Bréfritari: Ásgeir Tryggvi Friðgeirsson
Viðtakandi: Einar Friðgeirsson
Dagsetning: A-1887-02-25
Skrifað á: Húsavík  S-Þing.
Ásgeir er bróðir Einars

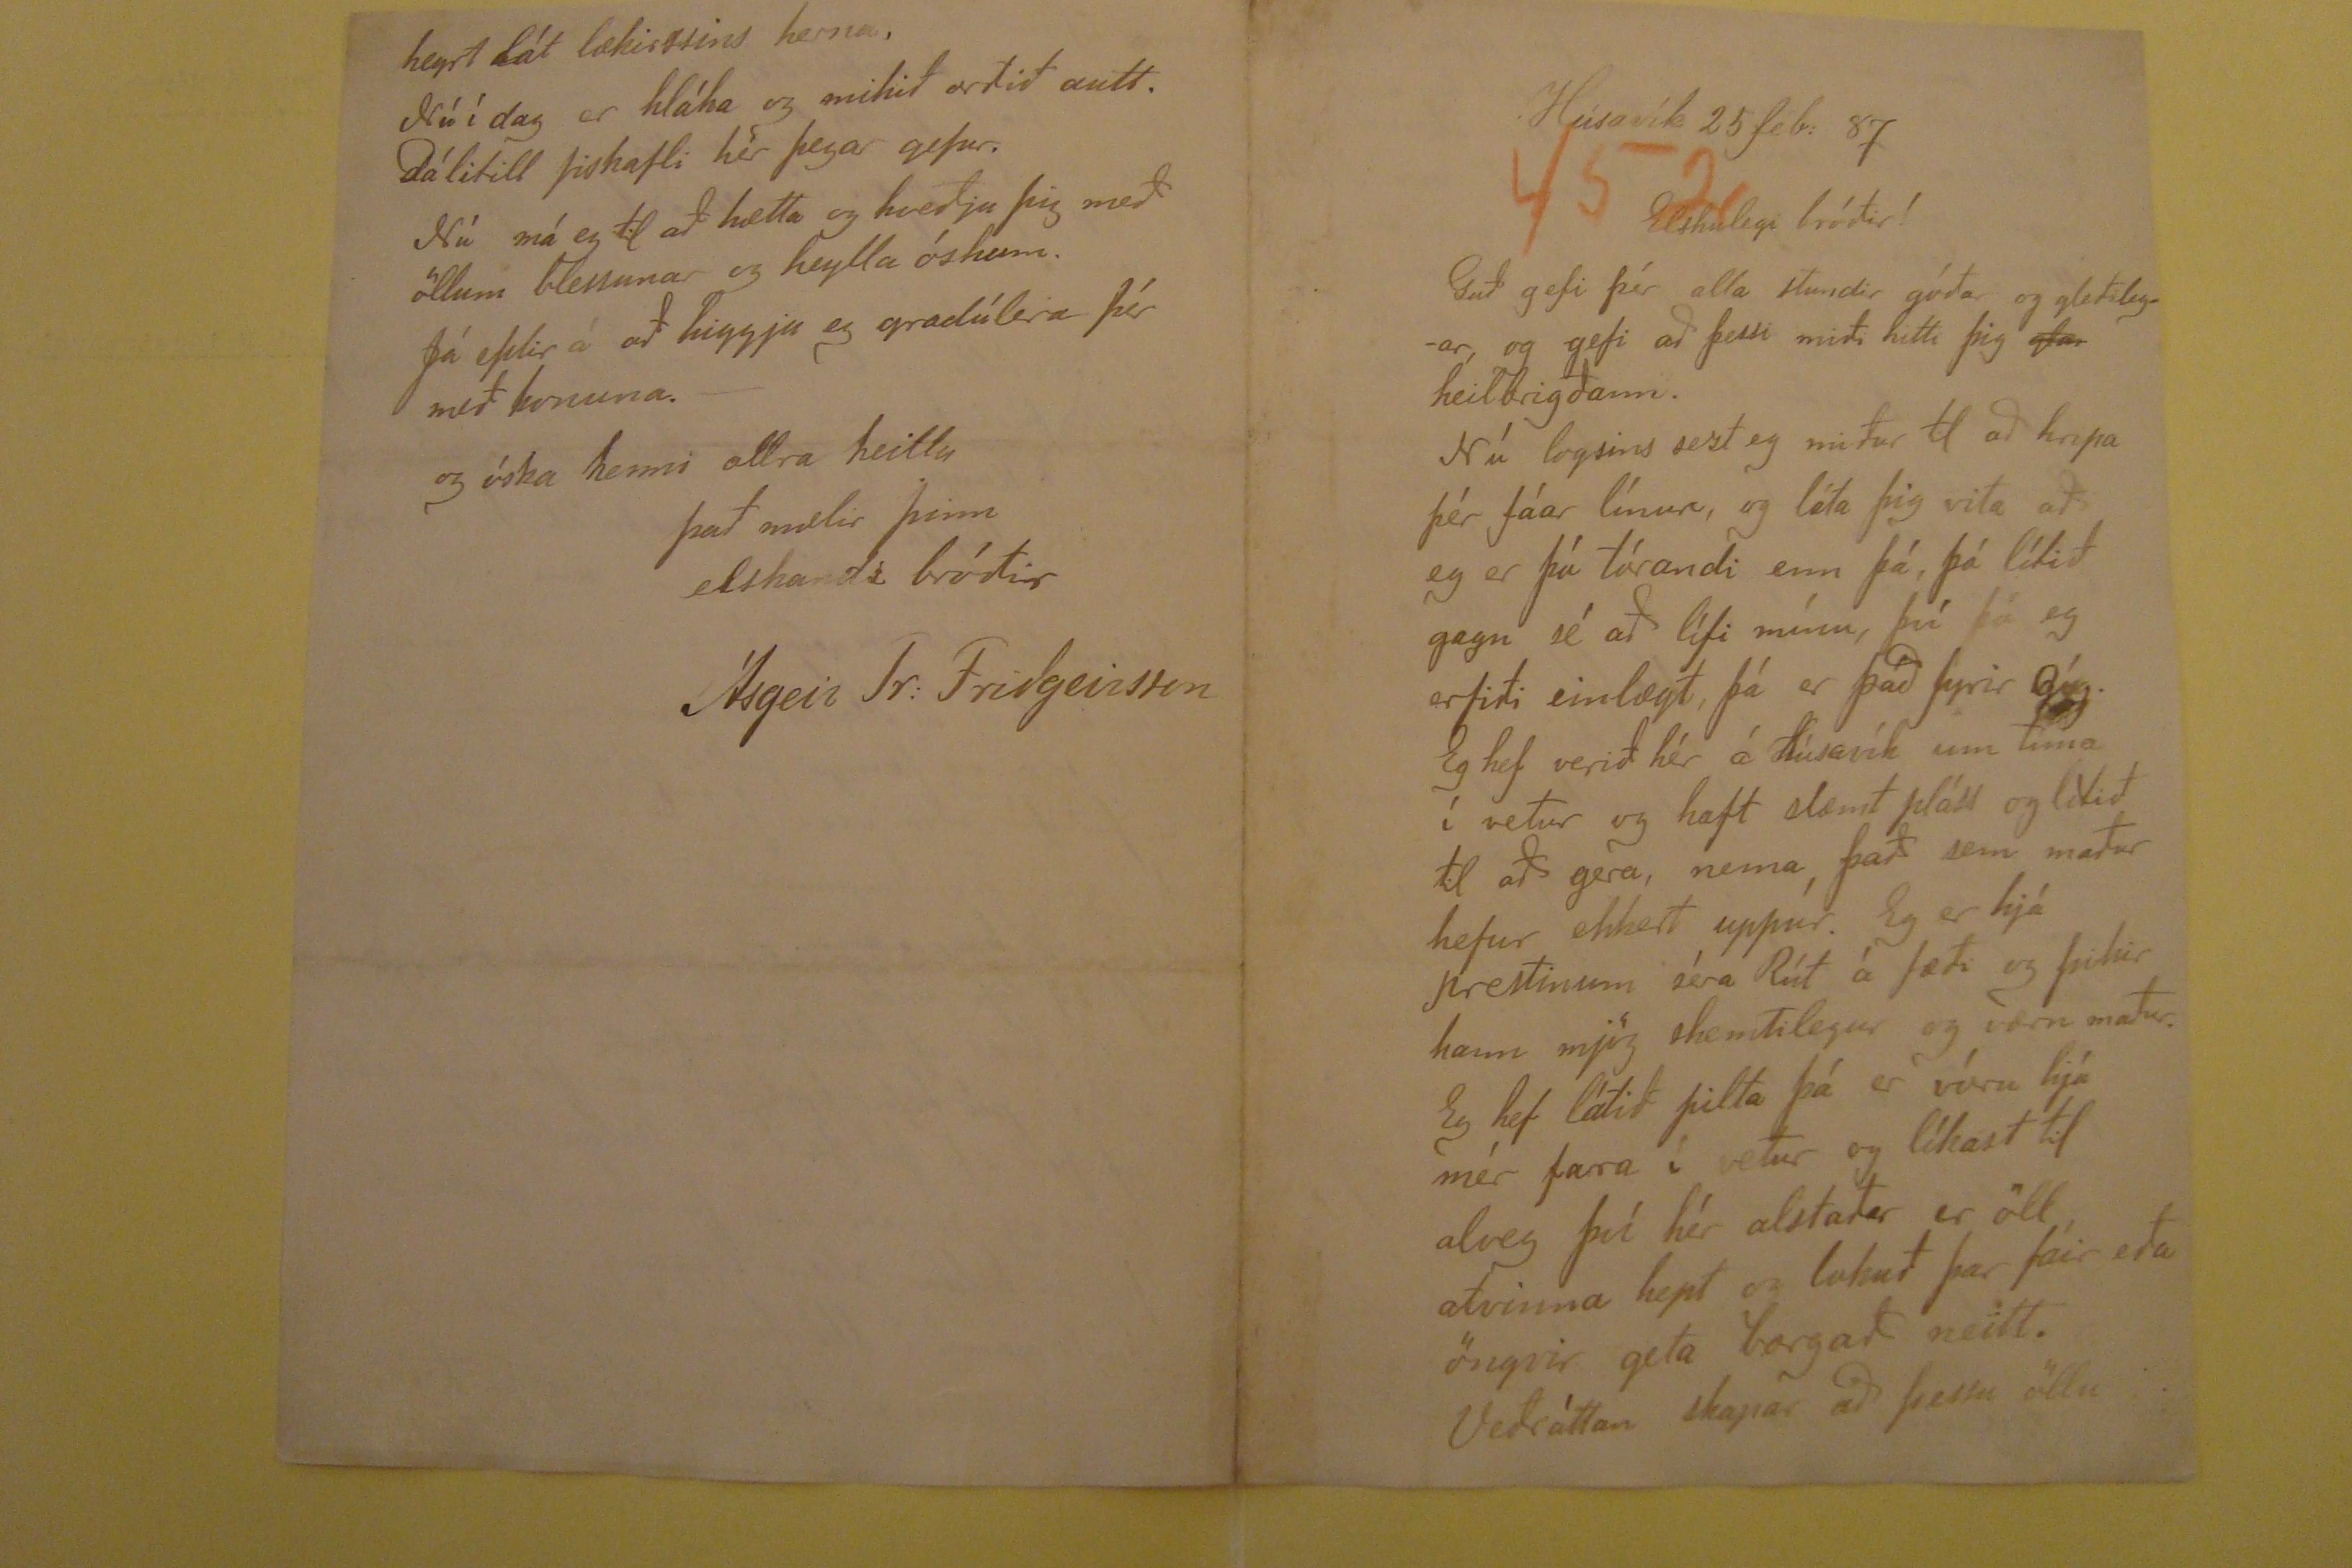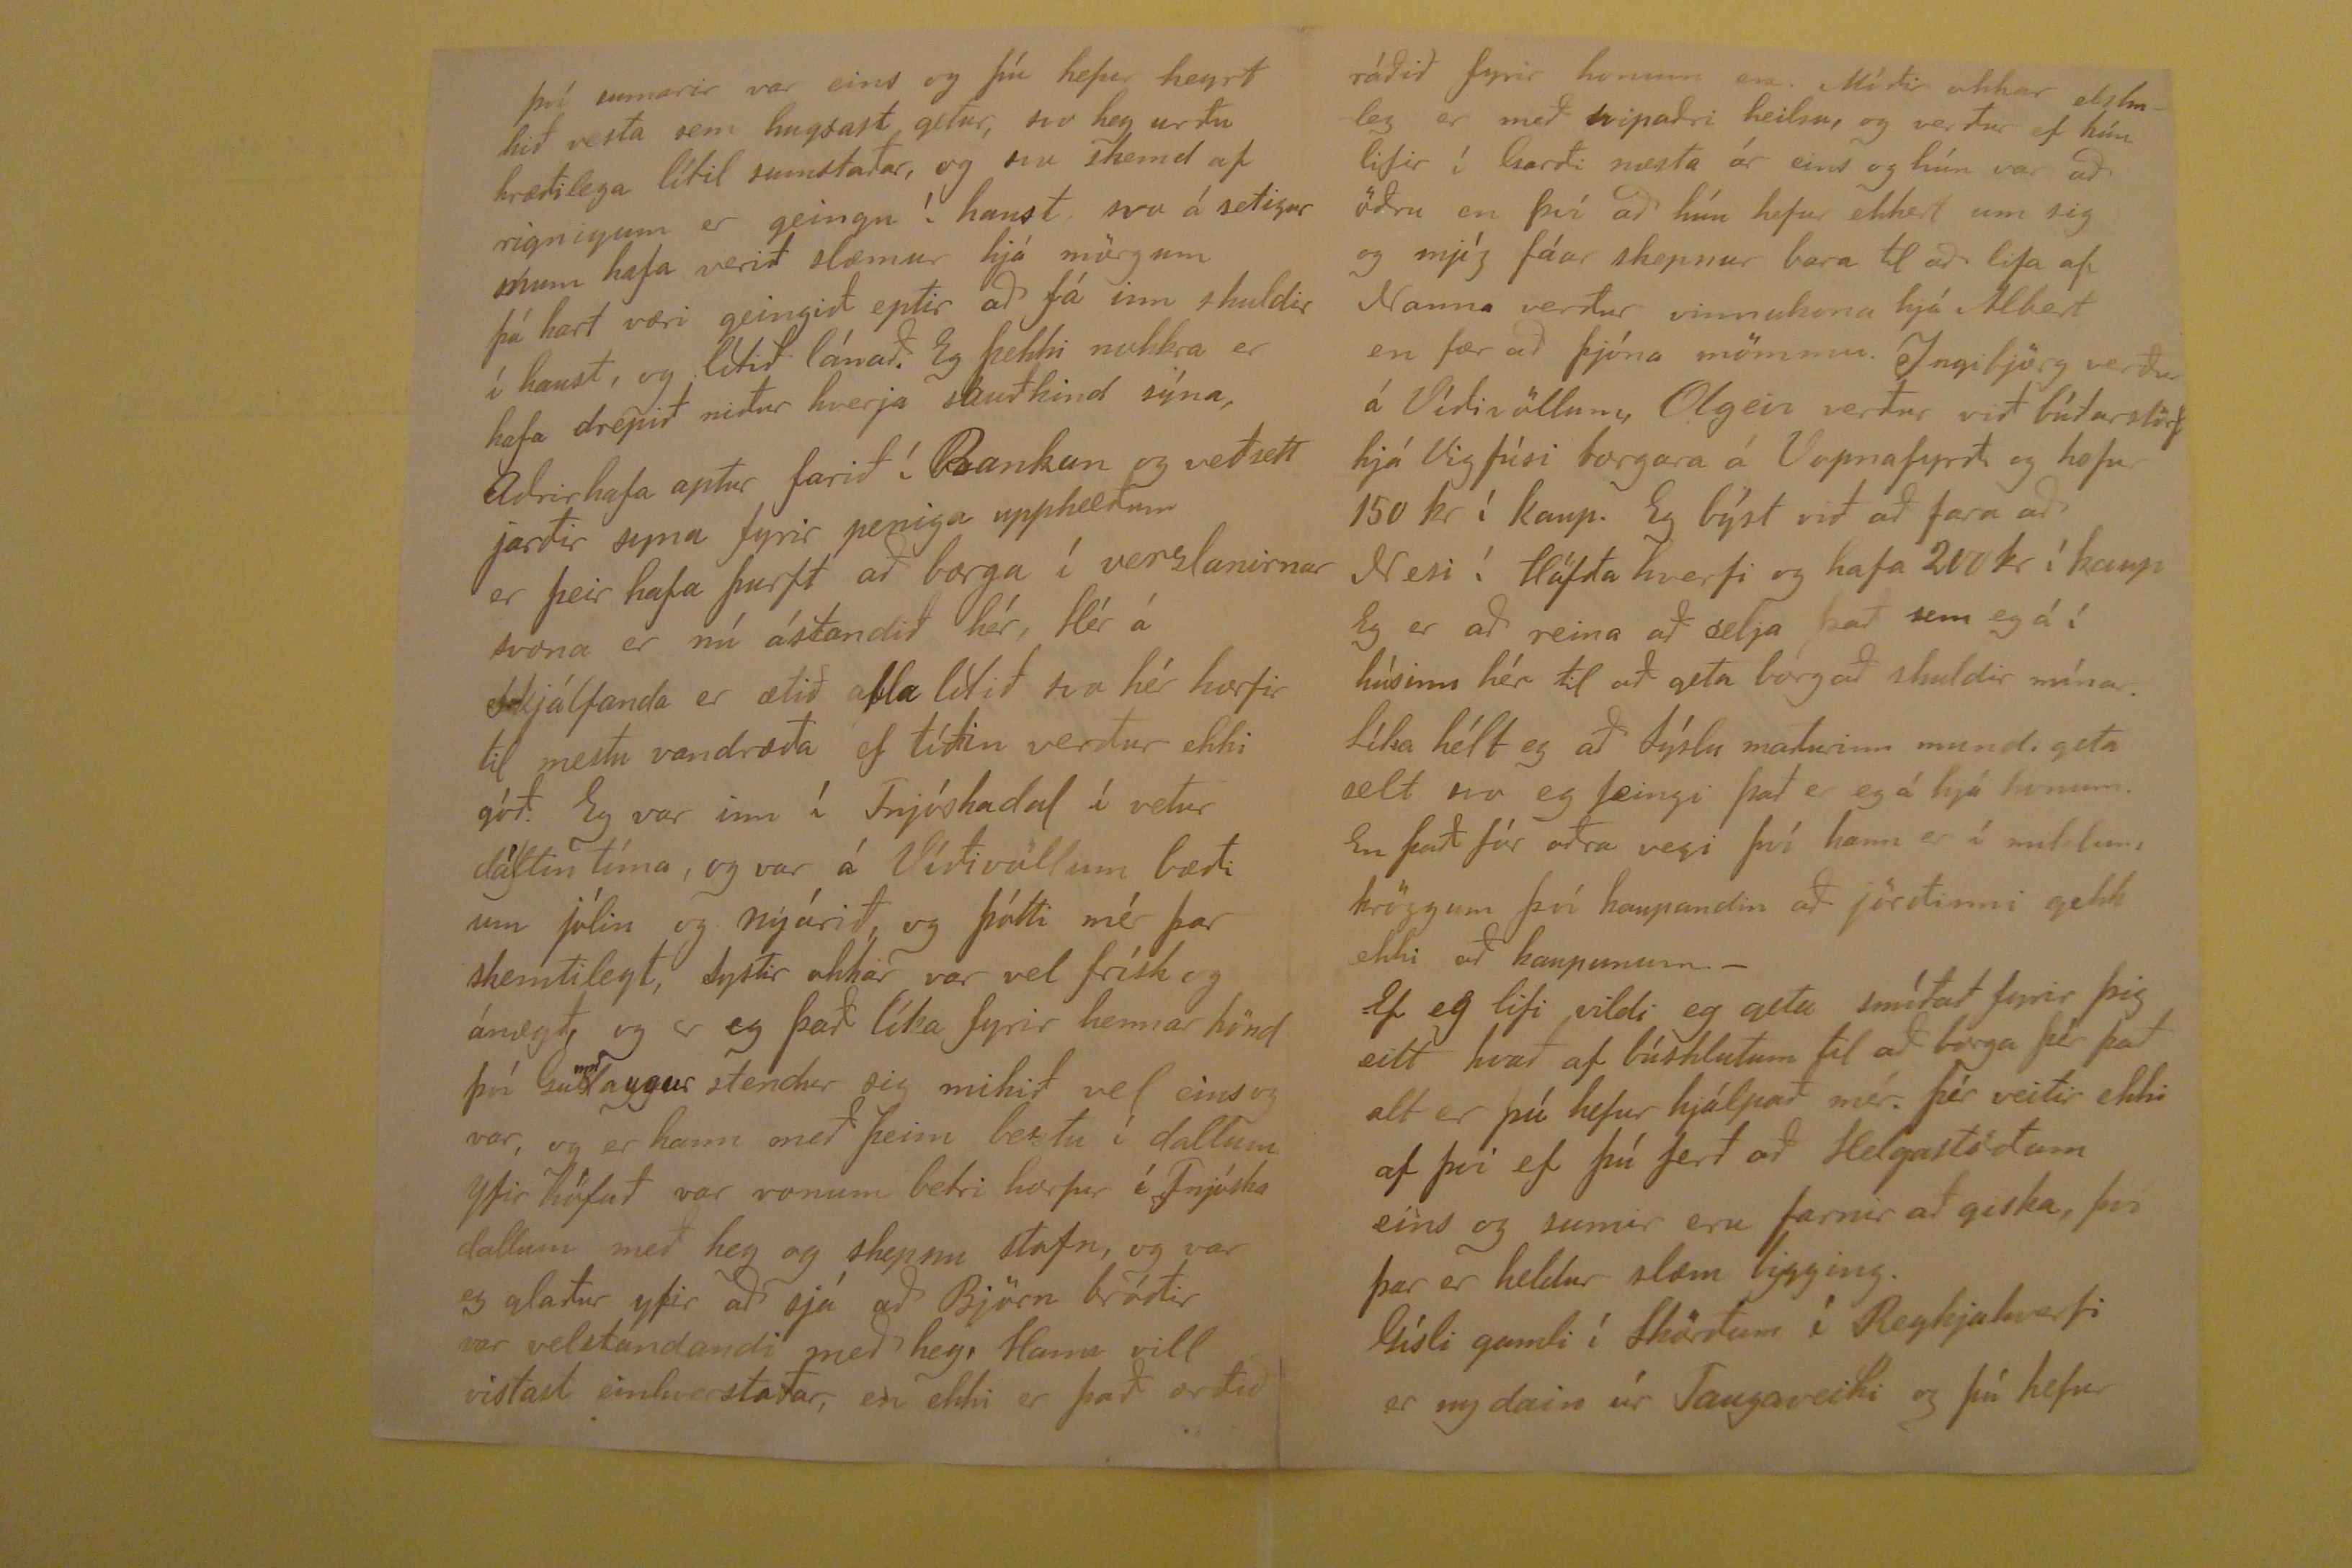

Húsavík 25 feb: 87
Elskulegi bróðir!
Guð gefi þér alla stundir góðar og gleðilegar, og gefi að þessi miði hitti þig
glar
heilbrigðann. Nú logsins sezt eg
miður til að hripa þér fáar línur, og láta þig vita að eg er þá tórandi enn þá, þó lítið gagn sé að lífi mínu, því þó eg erfiði einlægt, þá er það fyrir róg. Eg hef verið hér á
Húsavík um tíma í vetur og haft slæmt pláss og lítið til að gera, nema það sem maður hefur ekkert uppúr. Eg er hjá prestinum séra Rút á fæði og þikir hann mjög
skemtilegur og værn maður. Eg hef látið pilta þá er vóru hjá mér fara í vetur og líkast til alveg því hér alstaðar er öll atvinna hept og lokuð þar fáir eða öngvir geta
borgað neitt. Veðráttan skapar að þessu öllu
því sumarir var eins og þú hefur heyrt hið vesta sem hugsast getur, svo hey yrðu hræðilega lítil sumstaðar, og svo skemd af rigningum er geingu í haust, svo á
setigur
skum
hafa verið slæmur hjá mörgum þá hart væri geingið eptir að fá inn skuldir í haust, og lítið lánað. Eg þekki nokkra er hafa drepið
niður hverja
skulkind
sýna, Aðrir hafa aptur farið í BAnkaun og veðsett jarðir syna fyrir peniga upphæðum er þeir hafa þurft að borga í verzlanirnar
svona er nú ástandið hér, Hér á skjálfanda er ætið afla lítið svo hér horfir til mestu vandræða ef tíðin verður ekki góð. Eg var inn í Fnjóskadal í vetur dálitin tíma, og
var á Víðivöllum bæði um jólin og nýárið, og þótti mér þar skemtilegt, Systir okkar var vel frísk og ánægð og er eg það líka fyrir hennar hönd því
Gunnlaugur
stendur sig mikið vel einsog var, og er hann með þeim beztu í dallum yfir höfuð var vonum betri horfur í Fnjóskadallum með hey og skepnu stofn, og var
eg glaður yfir að sjá að Björn bróðir var velstandandi með hey, Hann vill vistast einhverstaðar, en ekki er það orðið
ráðið fyrir honum en. Móðir okar elskuleg er með svipaðri heilsu, og verður ef hún lifir í Garði næsta ár eins og hún var að öðru en því að hún hefur ekkert um sig
og mjög fáar skepnur bara til að lifa af Nanna verður vinnukona hjá Albert en fær að þjónja mömmu. Ingibjörg verður á Víðivöllum, Olgeir verður við búðarstörf hjá
Vigfúsi borgara á Vopnafyrði og hefur 150 kr í kaup. Eg býst við að fara að Nesi í Höfða hverfi og hafa 200j kr í kaup Eg er að reina að selja það sem eg á í húsinu hér
til að geta borgað skuldir mínar. Líka hélt eg að Sýslu maðurinn mundi geta selt svo eg feingi það er eg á hjá honum. En það fór aðra vegi því hann er í miklum,
kröggum því kaupandin að jörðinni gekk ekki að kaupunum.- Ef eg lifi vildi eg geta smíðað fyrir þig eitt hvað af búshlutum til að borga þér það alt er þú hefur hjálpað
mér. Þér veitir ekki af því ef þú ferð að Helgastöðum eins og sumir eru farnir að giska, þvi þar er heldur slæm bygging. Gísli gamli í Skörðum í Reykjahverfi er ny
dain úr Taugaveiki og þú hefur
heyrt lát læknirssins herna. Nú í dag er hláka og mikið orðið autt. dálitill fiskafli hér þegar gefur. Nú má eg til að hætta og kveðja þig með öllum blessunar og
heylla óskum. Já eptir á að higgja eg gradúlera þér með konuna.- og óska henni allra heilla
það mælir þinn
elskandi bróðir
Ásgeir Tr: Friðgeirsson